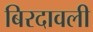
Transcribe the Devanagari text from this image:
बिरदावली